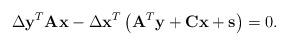
LaTeX: \begin{align*}\Delta {{\mathbf{y}}^{T}}\mathbf{Ax}-\Delta {{\mathbf{x}}^{T}}\left( {{\mathbf{A}}^{T}}\mathbf{y}+\mathbf{C}\mathbf{x} +\mathbf{s} \right)=0.\end{align*}